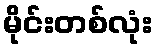
မိုင်းတစ်လုံး